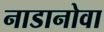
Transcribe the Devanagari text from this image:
नाडानोवा